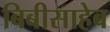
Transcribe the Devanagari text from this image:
बिबीसाहेब